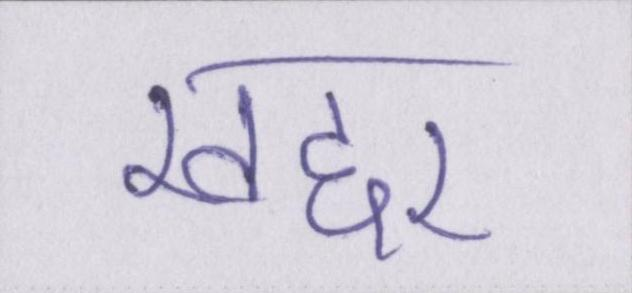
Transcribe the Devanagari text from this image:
खद्दर